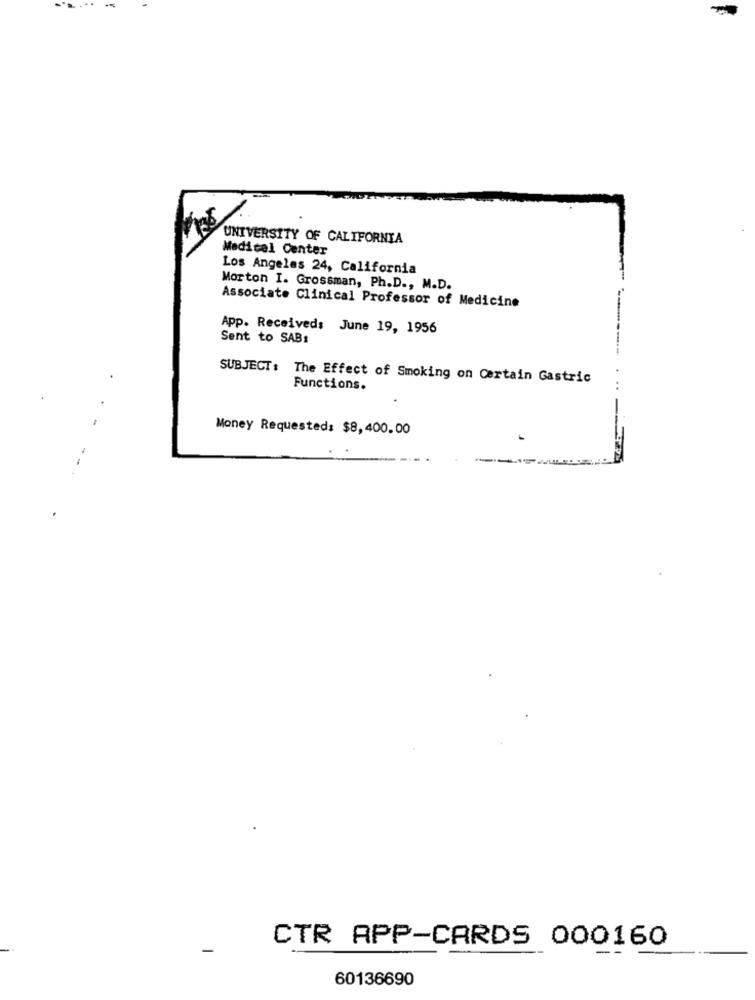
UNIVERSITY OF CALIFORNIA
Medical Center
Los Angeles 24, California
Morton I. Grossman, Ph.D ., M.D.
Associate Clinical Professor of Medicine
App. Received: June 19, 1956
Sent to SABs
SUBJECT: The Effect of Smoking on Certain Gastric
Functions.
Money Requested: $8,400.00
CTR APP-CARDS 000160
60136690